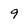
Character: 9